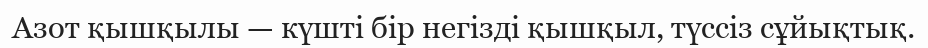
Азот қышқылы — күшті бір негізді қышқыл, түссіз сұйықтық.